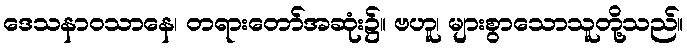
ဒေသနာဝသာနေ၊ တရားတော်အဆုံး၌။ ဗဟူ၊ များစွာသောသူတို့သည်။